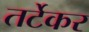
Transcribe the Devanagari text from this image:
तर्टेकर